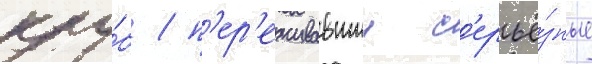
клу́б / п'ер'еживавшии с'ерьё́зные